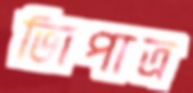
ভিাপাত্র